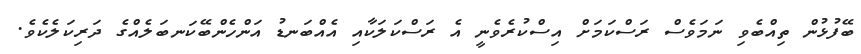
ބޭފުޅުން ތިއްބެވި ނަމަވެސް ރަސްކަމަށް އިސްކުރެވެނީ އެ ރަސްކަލަކާއި އެއްބަނޑު އަންހެންބޭކަނބަލެއްގެ ދަރިކަލެކެވެ.